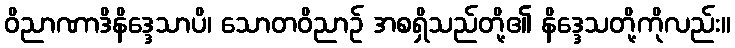
ဝိညာဏာဒိနိဒ္ဒေသာပိ၊ သောတဝိညာဉ် အစရှိသည်တို့၏ နိဒ္ဒေသတို့ကိုလည်း။